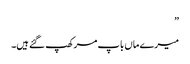
”
میرے ماں باپ مر کھپ گئے ہیں۔